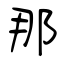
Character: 那